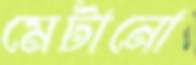
মেটানো